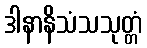
ဒါနာနိသံသသုတ္တံ